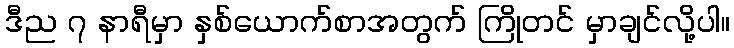
ဒီည ၇ နာရီမှာ နှစ်ယောက်စာအတွက် ကြိုတင် မှာချင်လို့ပါ။